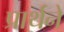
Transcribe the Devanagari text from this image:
प्रार्थने